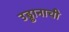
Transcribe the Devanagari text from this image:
उड्डानाची